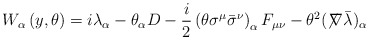
\begin{align*}W_\alpha \left( y,\theta \right) =i\lambda _\alpha -\theta_\alpha D -\frac{i}{2}\left( \theta\sigma ^\mu\bar \sigma ^\nu \right) _\alpha F_{\mu\nu} -\theta^2 (\not\!\nabla \bar\lambda)_\alpha \end{align*}